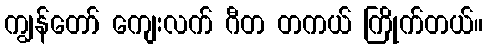
ကျွန်တော် ကျေးလက် ဂီတ တကယ် ကြိုက်တယ်။